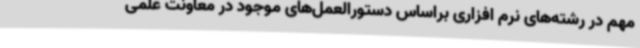
مهم در رشته‌های نرم افزاری براساس دستورالعمل‌های موجود در معاونت علمی